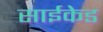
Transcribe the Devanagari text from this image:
साईकेड